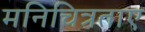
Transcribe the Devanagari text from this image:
मनिचित्रताए